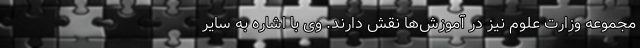
مجموعه وزارت علوم نیز در آموزش‌ها نقش دارند. وی با اشاره به سایر